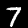
Digit: 7